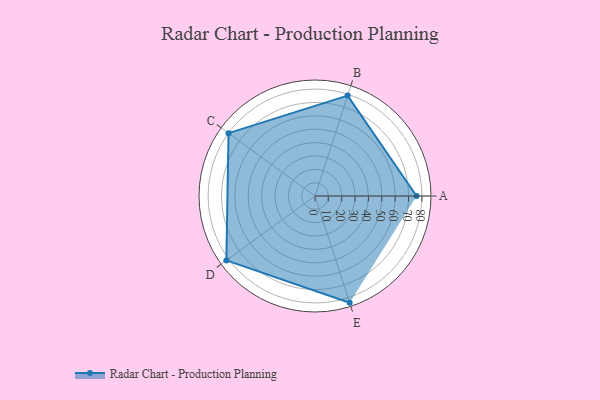
{"axis": {"x": "Skill", "y": "Score"}, "legend": ["Profile"], "data": [{"x": "A", "y": 76.0, "type": "Profile"}, {"x": "B", "y": 79.0, "type": "Profile"}, {"x": "C", "y": 80.0, "type": "Profile"}, {"x": "D", "y": 82.0, "type": "Profile"}, {"x": "E", "y": 84.0, "type": "Profile"}]}